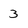
Character: 3